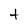
Character: t